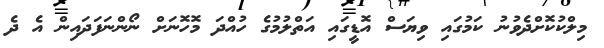
މިލްކުކޮށްދެވުނު ކަމުގައި ވިޔަސް އޮޑީގައި އަތްލުމުގެ ހުއްދަ މޮހޮނަށް ނޯންނަފަދައިން އެ ދެ